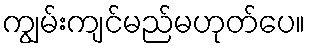
ကျွမ်းကျင်မည်မဟုတ်ပေ။